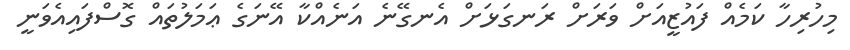
މިހުރިހާ ކަމެއް ފައުޒީއަށް ވަރަށް ރަނގަޅަށް އެނގޭނެ އަނެއްކާ އޭނަގެ ޢަމަލުތައް ގޮސްފައިއެވަނީ